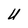
Character: U